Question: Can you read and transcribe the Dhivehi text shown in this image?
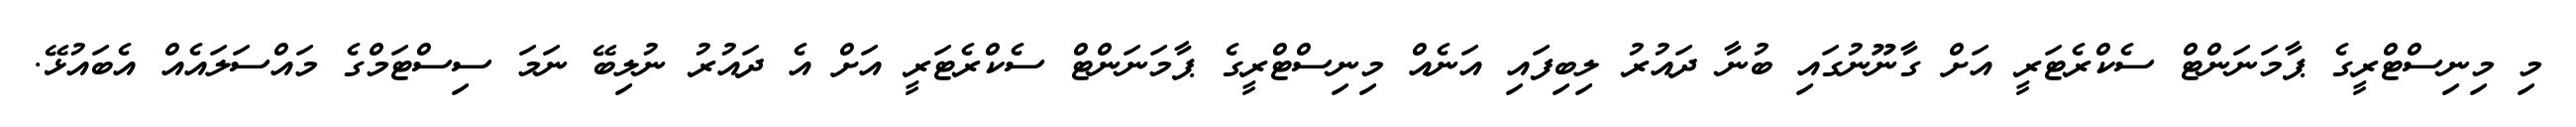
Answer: މި މިނިސްޓްރީގެ ޕާމަނަންޓް ސެކްރެޓަރީ އަށް ގާނޫނުގައި ބުނާ ދައުރު ލިބިފައި އަނެއް މިނިސްޓްރީގެ ޕާމަނަންޓް ސެކްރެޓަރީ އަށް އެ ދައުރު ނުލިބޭ ނަމަ ސިސްޓަމްގެ މައްސަލައެއް އެބައުޅޭ.